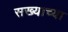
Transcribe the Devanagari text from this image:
सख्याच्या